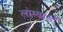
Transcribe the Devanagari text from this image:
लोम्बार्डों